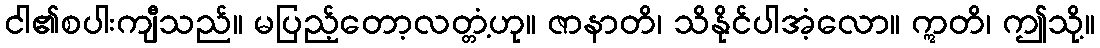
ငါ၏စပါးကျီသည်။ မပြည့်တော့လတ္တံ့ဟု။ ဇာနာတိ၊ သိနိုင်ပါအံ့လော။ ဣတိ၊ ဤသို့။